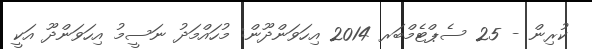
ކުރިން - 25 ސެޕްޓެމްބަރ 2014 އިހަވަންދޫން: މުހައްމަދު ނަސީމު އިހަވަންދޫ އަކީ